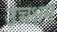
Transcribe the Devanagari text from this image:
उच्चक्षम